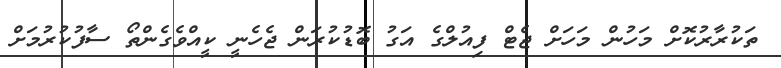
ތަކުރާރުކޮށް މަހުން މަހަށް ޖެޓް ފިއުލްގެ އަގު ބޮޑުކުރަން ޖެހެނީ ކީއްވެގެންތޯ ސާފުކުރުމަށް